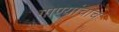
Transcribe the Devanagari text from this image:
गाण्यांचाच